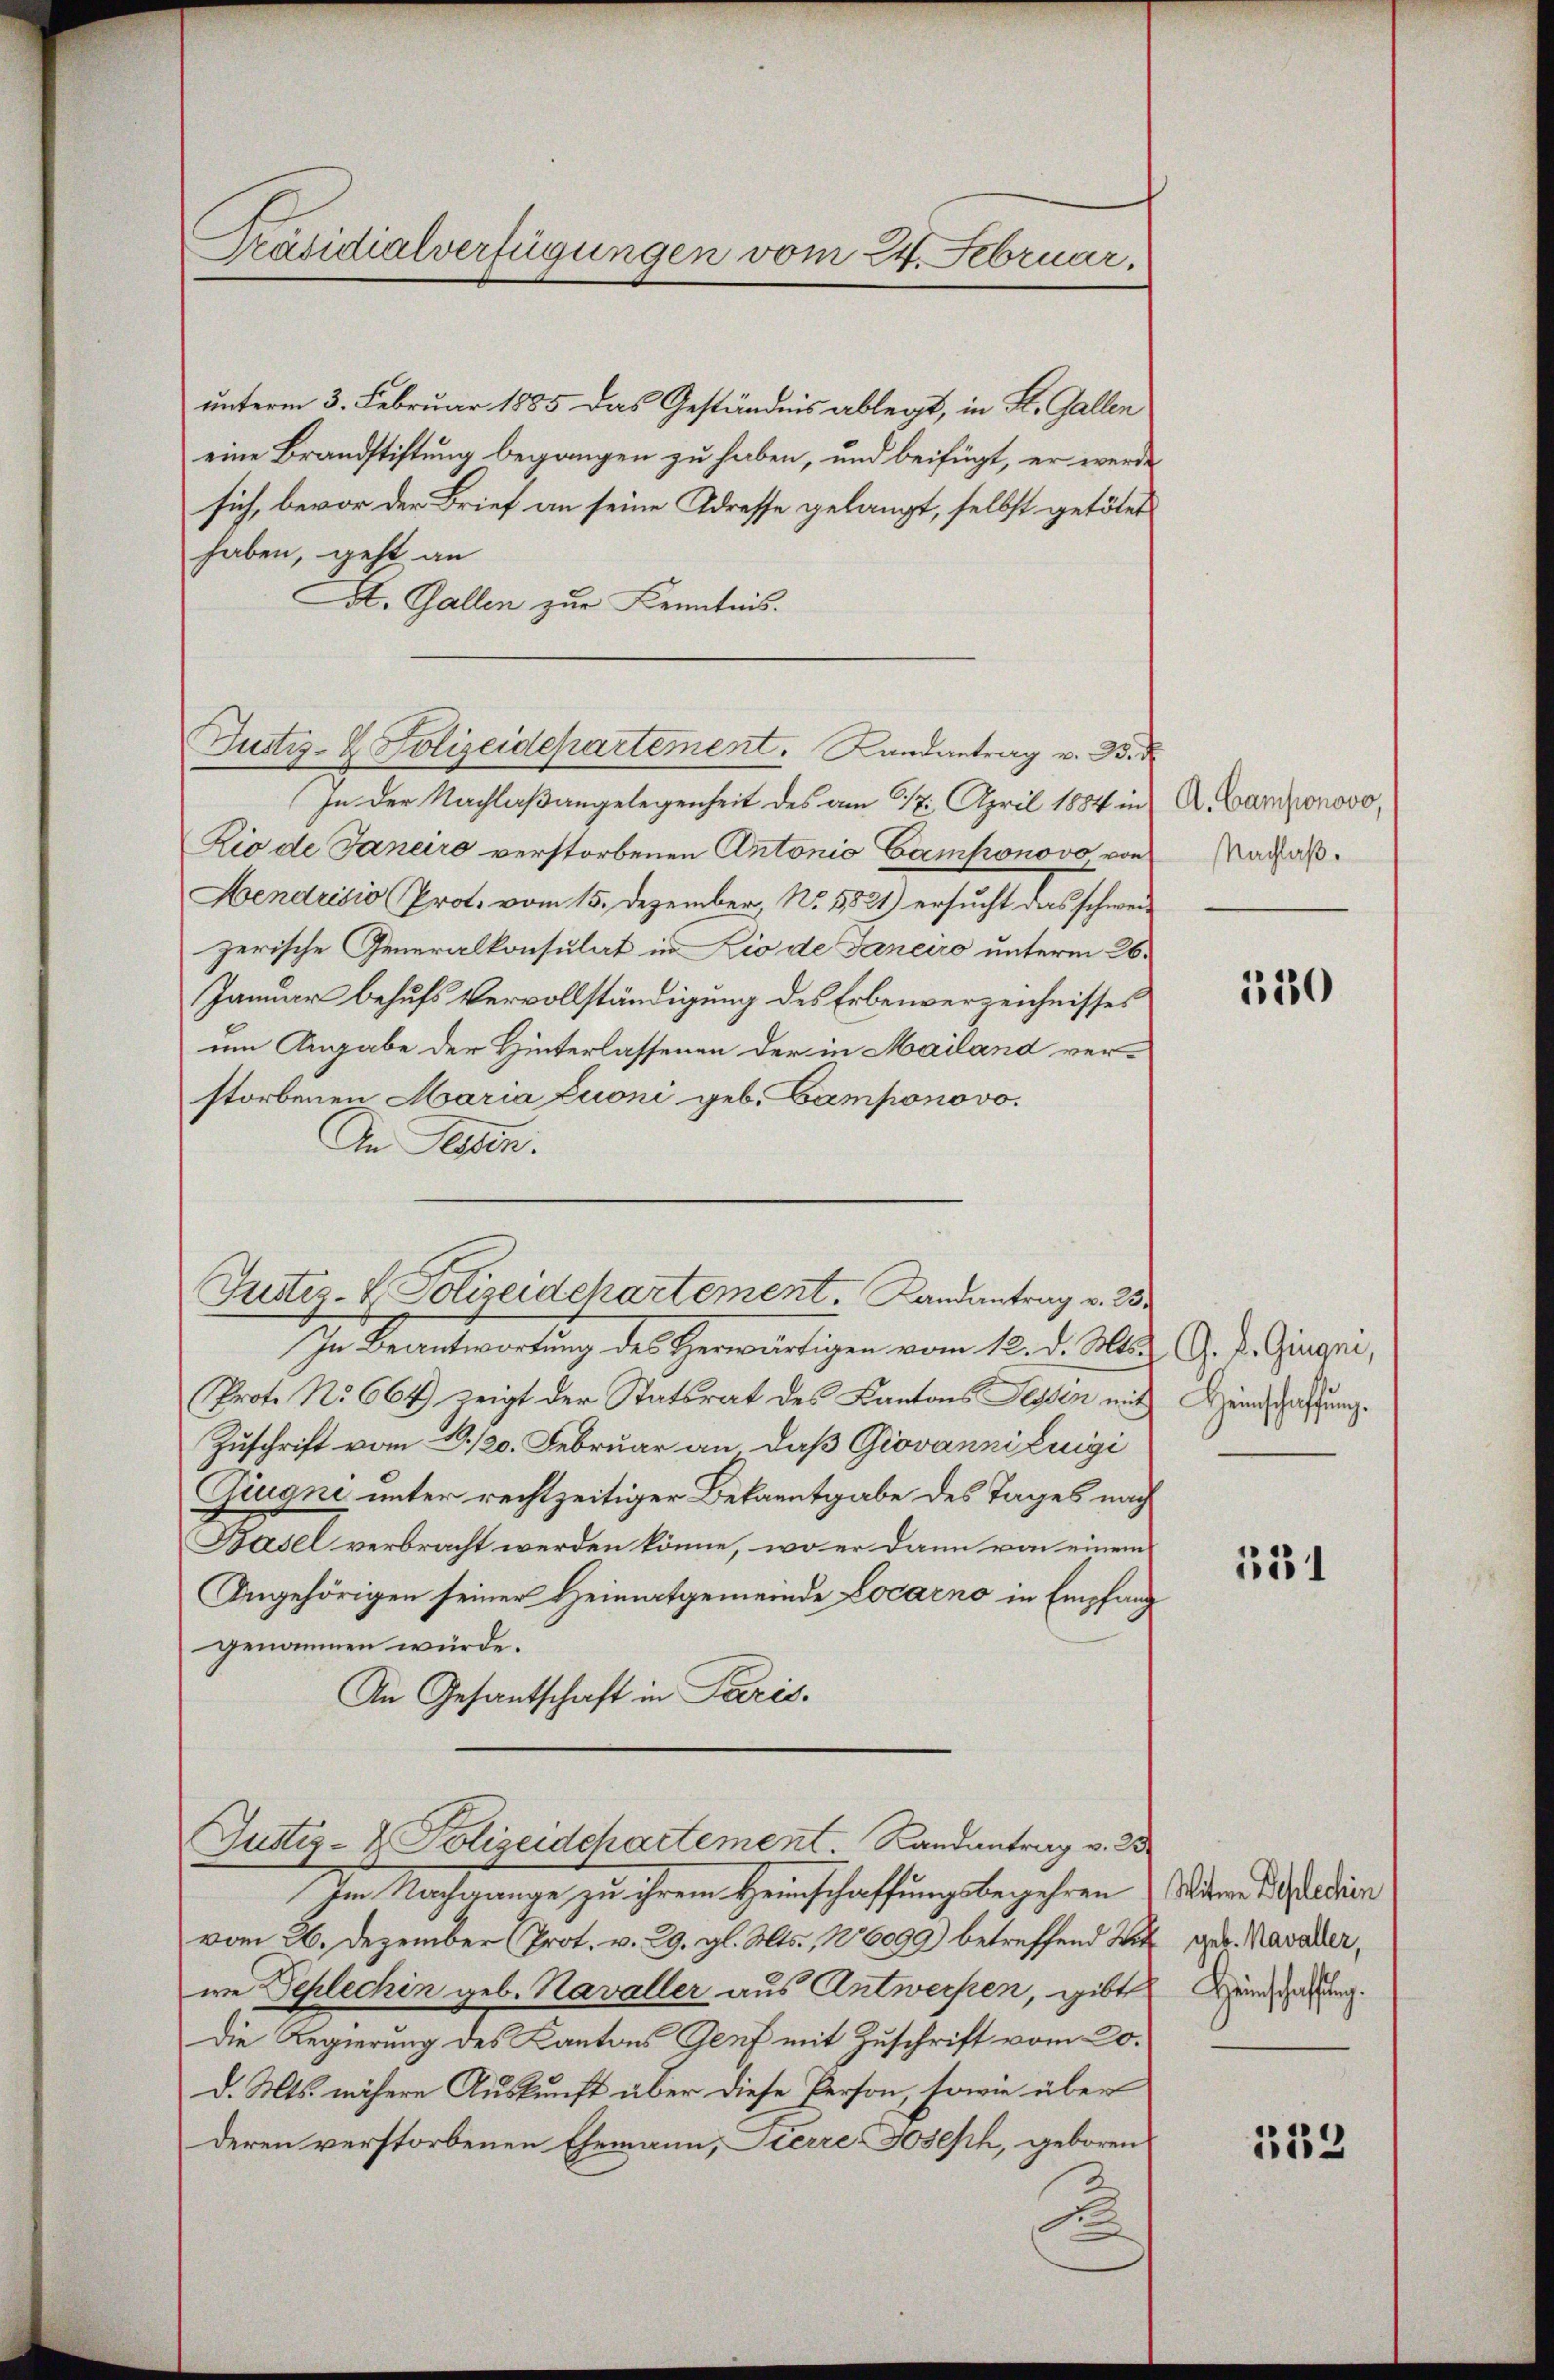
Präsidialverfügungen vom 24. Februar.

unterm 3. Februar 1885 das Geständnis ablegt, in St. Gallen
eine Brandstiftung begangen zu haben, und beifügt, er werde
sich, bevor der Brief an seine Adresse gelangt, selbst getötet
haben, geht an
St. Gallen zur Kenntnis.
In der Nachlaßangelegenheit des am 6/12. April 1884 in A. Camponovo
Rio de Janaro verstorbenen Antonio Camponovo von
Hendrisio (Prot. vom 15. Dezember, No. 5821) ersucht das schweizerische Generalkonsulat in Lio de Janeiro unterm 26.
Januar behufs Vervollständigung des Erbenverzeichnisses
um Angabe der Hinterlassenen der in Mailand verstorbenen Maria Luoni geb. Bamponovo.
An Tessin.
In Beantwortung des Herwärtigen vom 18. d. Mai G. P. Gingen,
Prot. No 664) zeigt der Statsrat des Kantons Sessen mit Heinschaftung.
Zuschrift vom 20./20. Februar an daß Giovanni Luigi
Zugne unter rechtzeitiger Bekanntgabe des Tages nach
Basel verbracht werden könne, wo er dann von einem
Angehörigen seiner Heimatgemeinde Locarno in Empfang
genommen würde.
An Gesantschaft in Paris.
Justiz- & Polizeidchartement. Landantrag v. B
Im Nachgange zu ihrem Heimschaffungsbegehren Witwe Studien
vom 26. Dezember (Prot. v. 29. gl. Mts., 16099) betreffend Wie geb. Kavader,
we Schlechin geb. Kavaller aus Antwerfen, gibt
Die Regierung des Kantons Genf mit Zuschrift vom 20.
d. Mts. nähere Auskunft über diese Person, sowie über
deren verstorbenen Ehemann, Sierre Joseph, geboren
F

Justiz- & Polizeidepartement. Landantrag v. B. d

Justiz- & Polizeidchartement. Landantrag v. 282

Nachlaß.

120

531

Heinschaffung.

553